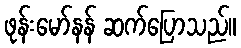
ဖုန်းမော်နန် ဆက်ပြောသည်။